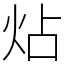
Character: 炶